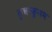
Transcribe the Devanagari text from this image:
कुन्नम्कुलम